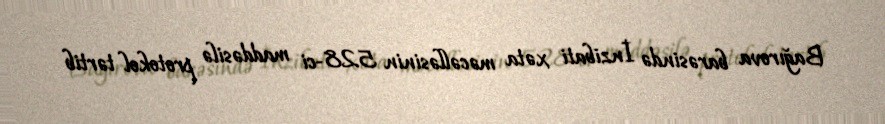
Bağırova barəsində İnzibati xəta məcəlləsinin 528-ci maddəsilə protokol tərtib